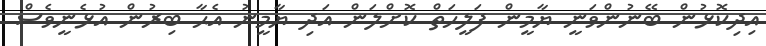
އިދިކޮޅުން ބޭނުންވަނީ ޔާމީން ފަލީހަތް ކޮށްލަން އަދި ޔާމީނު އެޙާ ބިރުން އުޅެނީވެސް